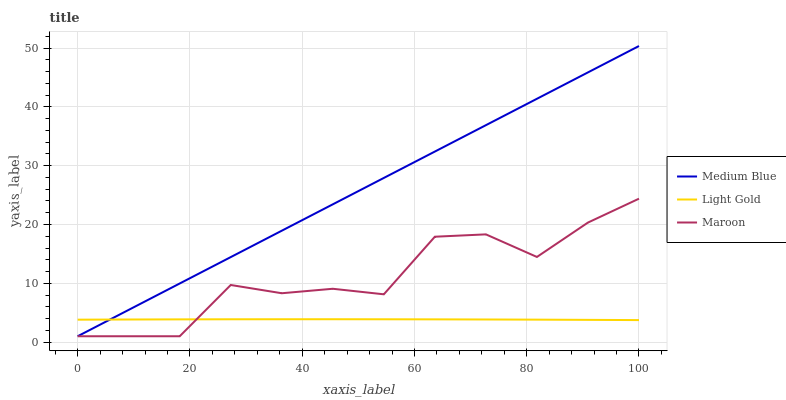
| xaxis_label | Medium Blue | Light Gold | Maroon |
 | --- | --- | --- | --- |
 | 0 | 1 | 3.82 | 1 |
 | 9.09 | 5.49 | 3.85 | 1 |
 | 18.2 | 9.97 | 3.87 | 1 |
 | 27.3 | 14.5 | 3.88 | 9.72 |
 | 36.4 | 18.9 | 3.89 | 8.31 |
 | 45.5 | 23.4 | 3.89 | 9.07 |
 | 54.5 | 27.9 | 3.89 | 8.13 |
 | 63.6 | 32.4 | 3.87 | 17.9 |
 | 72.7 | 36.9 | 3.85 | 18.3 |
 | 81.8 | 41.4 | 3.82 | 14.5 |
 | 90.9 | 45.9 | 3.79 | 20.3 |
 | 100 | 50.3 | 3.75 | 24.4 |